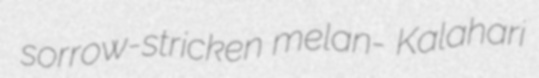
sorrow-stricken melan- Kalahari